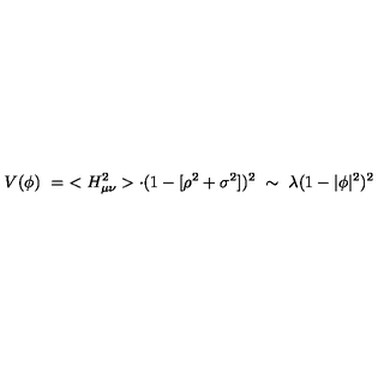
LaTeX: V ( \phi ) \ = \ < H _ { \mu \nu } ^ { 2 } > \cdot ( 1 - [ \rho ^ { 2 } + \sigma ^ { 2 } ] ) ^ { 2 } \ \sim \ \lambda ( 1 - | \phi | ^ { 2 } ) ^ { 2 }